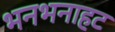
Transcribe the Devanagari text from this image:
भनभनाहट